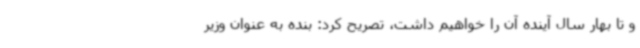
و تا بهار سال آینده آن را خواهیم داشت، تصریح کرد: بنده به عنوان وزیر